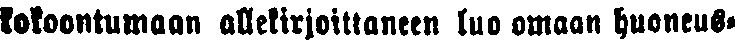
kokoontumaan allekirjoittaneen luo omaan huoneus-